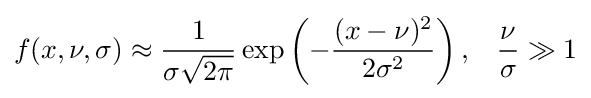
f(x,\nu ,\sigma )\approx {\frac {1}{\sigma {\sqrt {2\pi }}}}\exp \left(-{\frac {(x-\nu )^{2}}{2\sigma ^{2}}}\right),\;\;\;{\frac {\nu }{\sigma }}\gg 1